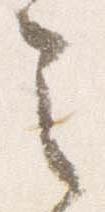
之